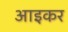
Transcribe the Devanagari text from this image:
आइकर